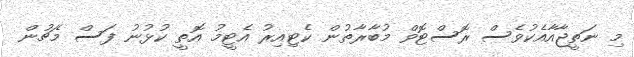
މި ނަތީޖާއާއެކުވެސް ރޮސްޓޮވް މުބާރާތުން ކެޓިއިރު އެޓީމު އޮތީ ކުޅުނު ފަސް މެޗުން